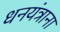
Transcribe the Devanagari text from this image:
धनयंत्राना